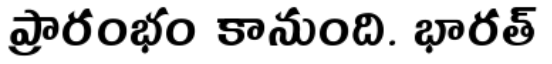
ప్రారంభం కానుంది. భారత్